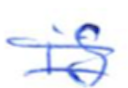
Text: is
Cross-out: mix
Writing tool: ballpoint